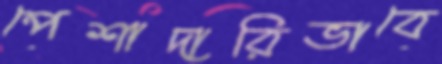
পেশাদারিভাবে